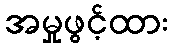
အမှုဖွင့်ထား